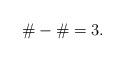
LaTeX: \begin{align*} \# - \# = 3.\end{align*}